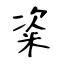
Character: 粢